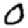
Digit: 0